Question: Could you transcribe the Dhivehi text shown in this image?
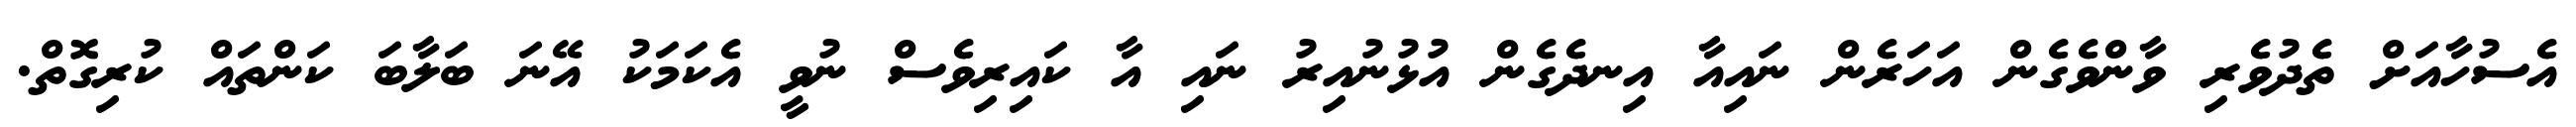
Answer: އެސުހާއަށް ތެދުވެރި ވާންވެގެން އަހަރެން ނައިއާ އިނދެގެން އުޅުނުއިރު ނައި އާ ކައިރިވެސް ނުވީ އެކަމަކު އޭނަ ބަލާބަ ކަންތައް ކުރިގޮތް.